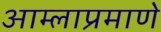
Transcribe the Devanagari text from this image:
आम्लाप्रमाणे